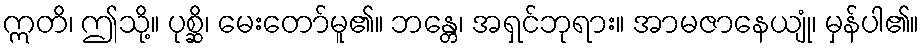
ဣတိ၊ ဤသို့။ ပုစ္ဆိ၊ မေးတော်မူ၏။ ဘန္တေ၊ အရှင်ဘုရား။ အာမဇာနေယျုံ၊ မှန်ပါ၏။